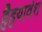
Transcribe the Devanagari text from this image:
हैहयावंश